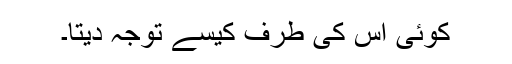
کوئی اس کی طرف کیسے توجہ دیتا۔